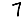
Digit: 7